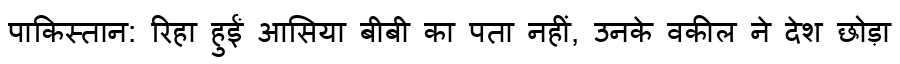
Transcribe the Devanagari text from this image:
पाकिस्तान: रिहा हुईं आसिया बीबी का पता नहीं, उनके वकील ने देश छोड़ा